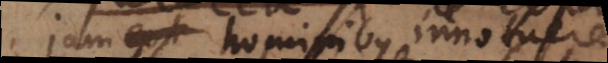
jam extr hominibus innotuere